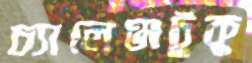
চ্যালেঞ্জটুকু